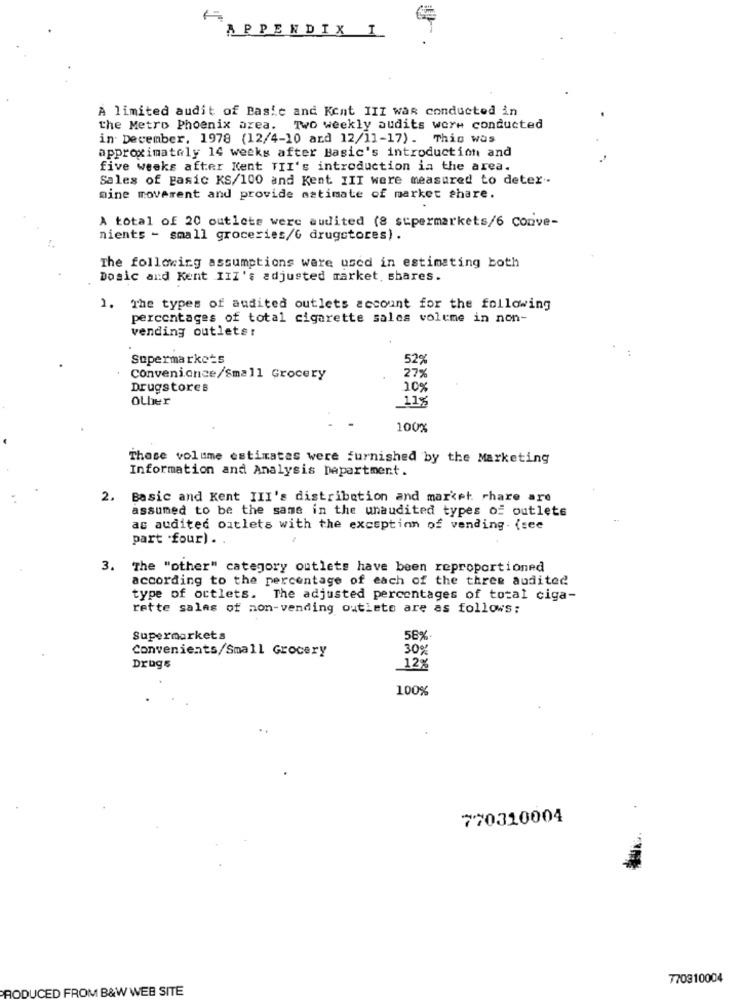
APPENDIX I
A limited audit of Basic and Kent III was conducted in
the Metro Phoenix area. Two weekly audits were conducted
in December, 1978 (12/4-10 and 12/11-17). This was
approximately 14 weeks after Basic's introduction and
five weeks after Kent VII's introduction in the area.
Sales of Basic KS/100 and Kent III were measured to deter ..
mine movement and provide estimate of market share.
A total of 20 outlets were audited (8 supermarkets/6 conve-
nients - small groceries/6 drugstores).
The following assumptions were used in estimating both
Dosic and Kent III's adjusted market, shares.
1. The types of audited outlets account for the following
percentages of total cigarette sales volume in non-
vending outlets:
Supermarkets
52%
Convenionce/Small Grocery
279
Drugstores
10%
Other
11%
100%
These volume estimates were furnished by the Marketing
Information and Analysis napartment.
2.
Basic and Kent III's distribution and market share are
assumed to be the same in the unaudited types of outlets
as audited outlets with the exception of vending. (see
part .four) . .
3. The "other" category outlets have been reproportioned
according to the percentage of each of the three audited
type of outlets. The adjusted percentages of total ciga-
rette sales of non-vending outlets are as follows:
Supermarkets
58%
Convenients/Small Grocery
30%
Drugs
12%
100%
770310004
770810004
PRODUCED FROM B&W WEB SITE